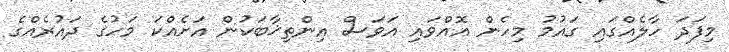
މިފަދަ ހާލެއްގައި ގައުމު މިހެން އޮއްވައި އަވަސް އިންތިޚާބަކުން އަށެއްކަ މަހުގެ ދައުރެއްގެ